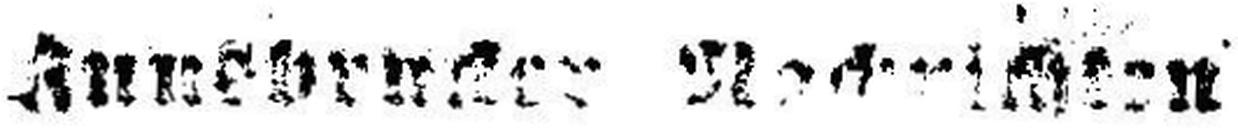
Innsbrucker Nachrichten